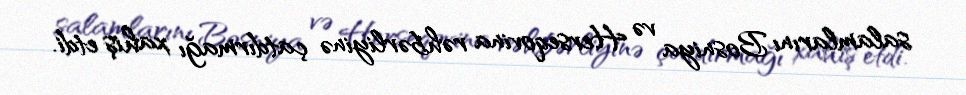
salamlarını Bosniya və Herseqovina rəhbərliyinə çatdırmağı xahiş etdi.